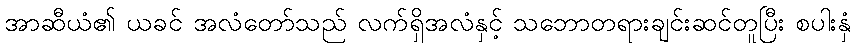
အာဆီယံ၏ ယခင် အလံတော်သည် လက်ရှိအလံနှင့် သဘောတရားချင်းဆင်တူပြီး စပါးနှံ